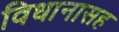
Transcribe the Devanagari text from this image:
विधानासह